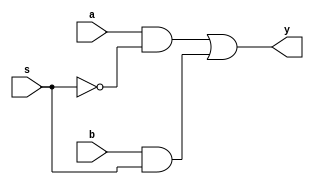
module mux2x1(input a,b,s,output y);

not(sbar,s);
and(w1,a,sbar);
and(w2,b,s);
or(y, w1,w2);

endmodule